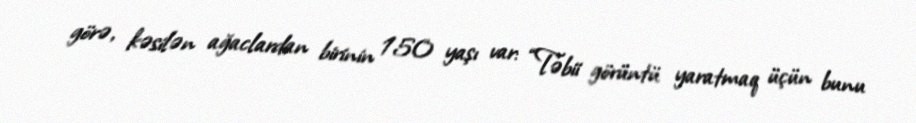
görə, kəsilən ağaclardan birinin 150 yaşı var: “Təbii görüntü yaratmaq üçün bunu